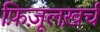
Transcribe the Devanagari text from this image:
फ़िज़ूलख़र्च